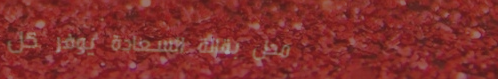
محل بقالة السعادة يوفر كل